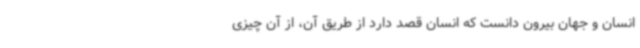
انسان و جهان بیرون دانست که انسان قصد دارد از طریق آن، از آن چیزی